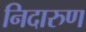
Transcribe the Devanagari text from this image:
निदारुण